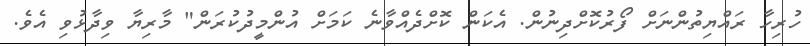
ހުރިހާ ރައްޔިތުންނަށް ފޯރުކޮށްދިނުން. އެކަން ކޮށްދެއްވާނެ ކަމަށް އުންމީދުކުރަން" މާރިޔާ ވިދާޅުވި އެވެ.